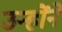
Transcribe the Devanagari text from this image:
उन्होंंने